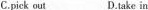
C.pick out D.take in